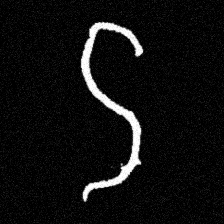
Pyu character \u2014 Myanmar letter: ဌ (romanized: ttha)